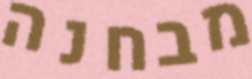
מבחנה